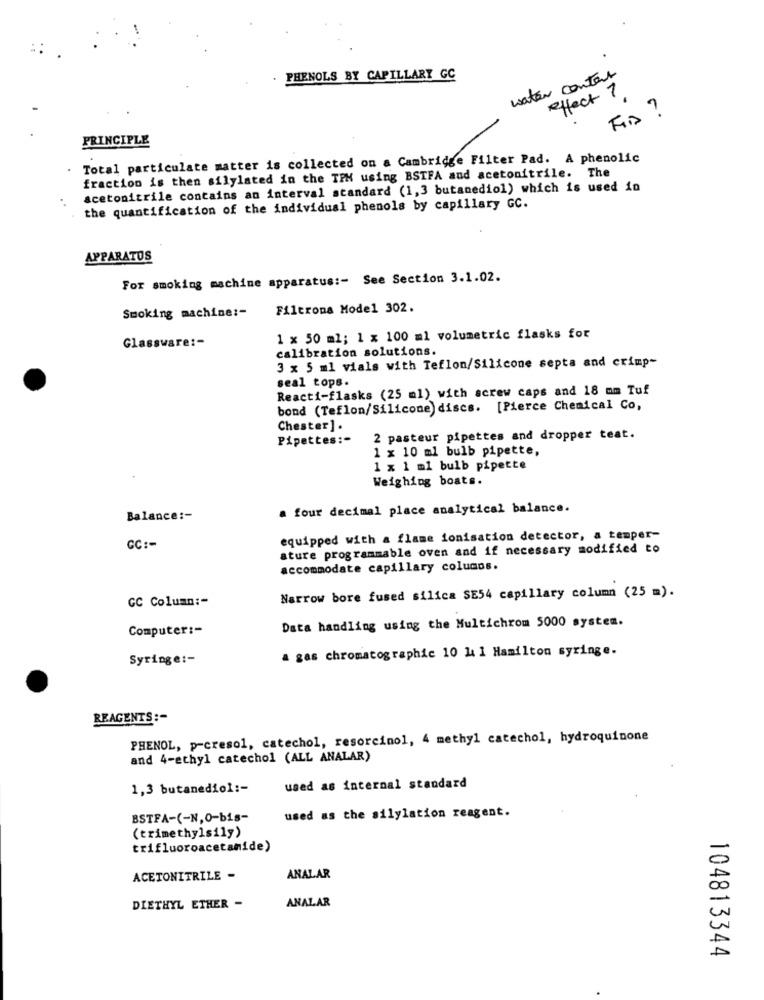
PHENOLS BY CAPILLARY GC
water contas
effect 7
Fis !
PRINCIPLE
Total particulate matter is collected on a Cambridge Filter Pad. A phenolic
.
fraction is then silylated in the TPM using BSTFA and acetonitrile. The
acetonitrile contains an interval standard (1,3 butanediol) which is used in
the quantification of the individual phenols by capillary GC.
APPARATUS
For smoking machine apparatus :- See Section 3.1.02.
Filtrona Model 302.
Smoking machine :-
1 x 50 ml; 1 x 100 ml volumetric flasks for
Glassware :-
calibration solutions.
3 x 5 ml vials with Teflon/Silicone septa and crimp-
seal tops.
Reacti-flasks (25 ml) with screw caps and 18 mm Tuf
bond (Teflon/Silicone) discs. [Pierce Chemical Co,
Chester].
Pipettes :-
2 pasteur pipettes and dropper teat.
1 x 10 ml bulb pipette,
1 x 1 ml bulb pipette
Weighing boats.
a four decimal place analytical balance.
Balance :-
equipped with a flame ionisation detector, a temper-
GC :-
ature programmable oven and if necessary modified to
accommodate capillary columns.
GC Column :-
Narrow bore fused silica SE54 capillary column (25 m).
Data handling using the Multichrom 5000 system.
Computer :-
a gas chromatographic 10 1 1 Hamilton syringe.
Syringe :-
REAGENTS :-
PHENOL, p-cresol, catechol, resorcinol, 4 methyl catechol, hydroquinone
and 4-ethyl catechol (ALL ANALAR)
1,3 butanediol :-
used as internal standard
BSTFA-(-N,0-bis-
used as the silylation reagent.
(trimethylsily)
trifluoroacetamide)
ACETONITRILE -
ANALAR
ANALAR
DIETHYL ETHER -
104813344